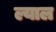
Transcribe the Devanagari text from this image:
ल्याल